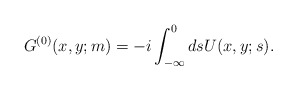
\begin{align*}G^{(0)}(x,y;m)=-i\int^{0}_{-\infty} ds U(x,y;s).\end{align*}